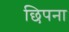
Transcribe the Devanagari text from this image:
छिपना